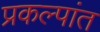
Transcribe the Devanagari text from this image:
प्रकल्पांत